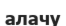
алачу